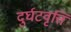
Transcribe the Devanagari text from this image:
दुर्घटवृत्ति